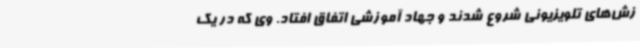
زش‌های تلویزیونی شروع شدند و جهاد آموزشی اتفاق افتاد. وی که در یک